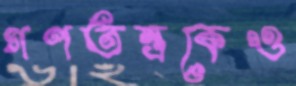
গণতন্ত্রকেও